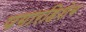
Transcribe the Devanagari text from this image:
पगारहिशेब